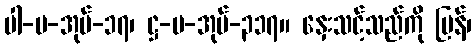
ပါ-ပ-အုပ်-၁၇၊ ဋ္ဌ-ပ-အုပ်-၃၁၇။ နှေးသင့်သည်ကို မြန်၊